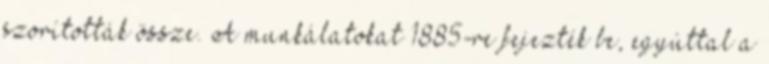
szorították össze. A munkálatokat 1885-re fejezték be, egyúttal a